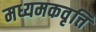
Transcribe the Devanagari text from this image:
मध्यमकवृत्ति